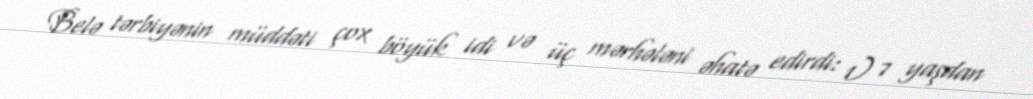
Belə tərbiyənin müddəti çox böyük idi və üç mərhələni əhatə edirdi: 1) 7 yaşdan